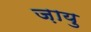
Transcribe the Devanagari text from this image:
ज़ायु